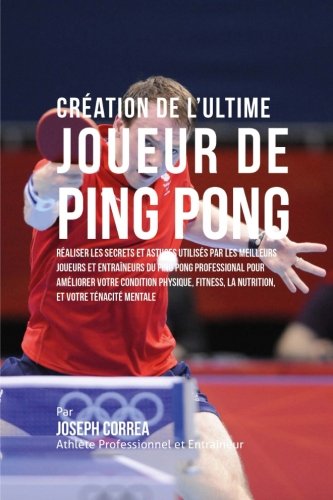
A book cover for Creation de l'Ultime Joueur de Ping Pong: Realiser les secrets et astuces utilises par les meilleurs joueurs et entraineurs du Ping Pong Professional ... et votre Tenacite Mentale (French Edition); Joseph Correa (Athlete Professionnel et Entraineur); Sports & Outdoors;